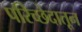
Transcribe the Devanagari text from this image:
परिच्छेदातून